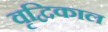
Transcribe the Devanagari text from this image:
वृद्विकाल